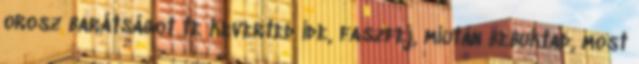
orosz barátságot te keverted ide, faszfej, miután bebuktad, most